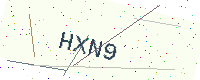
Text: HXN9